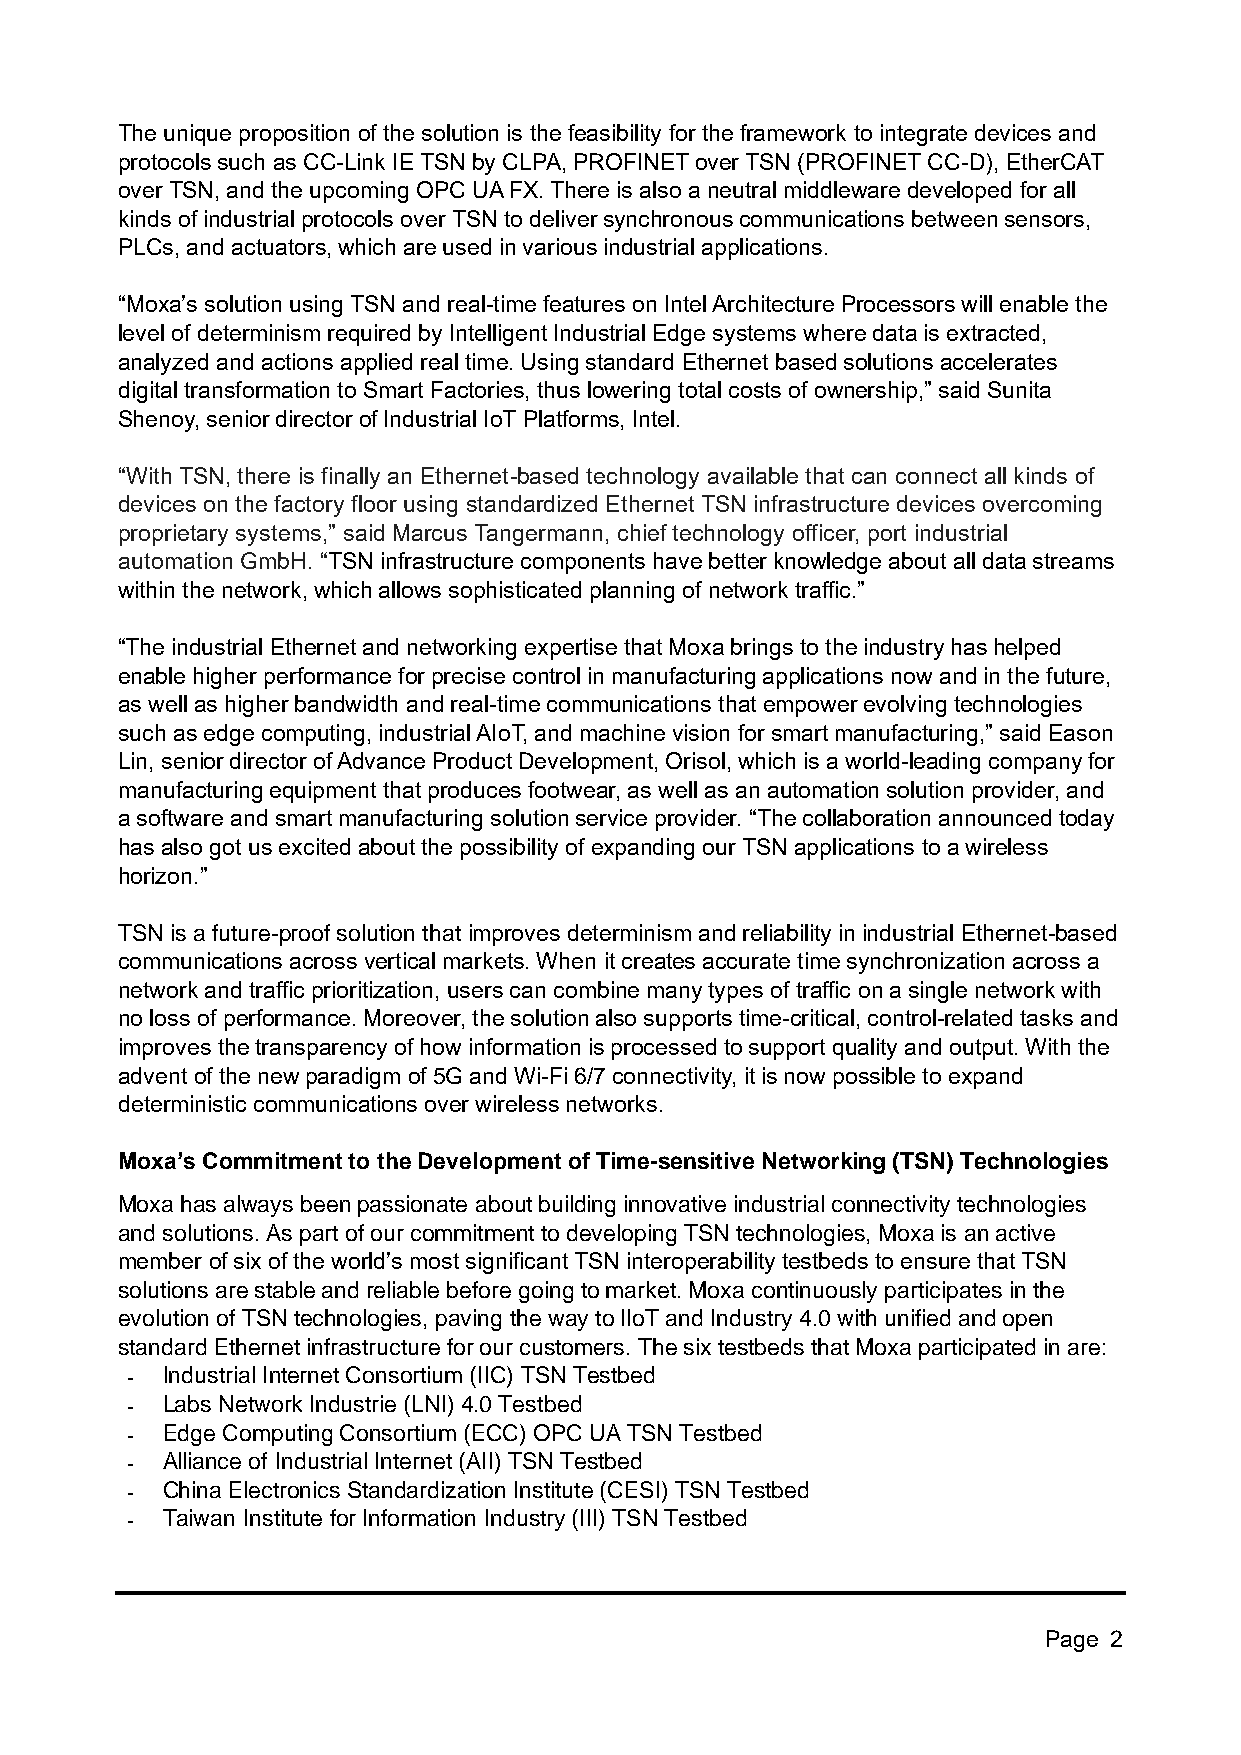
The unique proposition of the solution is the feasibility for the framework to integrate devices and
 protocols such as CC-Link IE TSN by CLPA, PROFINET over TSN (PROFINET CC-D), EtherCAT
 over TSN, and the upcoming OPC UA FX. There is also a neutral middleware developed for all
 kinds of industrial protocols over TSN to deliver synchronous communications between sensors,
 PLCs, and actuators, which are used in various industrial applications.
 “Moxa’s solution using TSN and real-time features on Intel Architecture Processors will enable the
 level of determinism required by Intelligent Industrial Edge systems where data is extracted,
 analyzed and actions applied real time. Using standard Ethernet based solutions accelerates
 digital transformation to Smart Factories, thus lowering total costs of ownership,” said Sunita
 Shenoy, senior director of Industrial IoT Platforms, Intel.
 “With TSN, there is finally an Ethernet-based technology available that can connect all kinds of
 devices on the factory floor using standardized Ethernet TSN infrastructure devices overcoming
 proprietary systems,” said Marcus Tangermann, chief technology officer, port industrial
 automation GmbH. “TSN infrastructure components have better knowledge about all data streams
 within the network, which allows sophisticated planning of network traffic.”
 “The industrial Ethernet and networking expertise that Moxa brings to the industry has helped
 enable higher performance for precise control in manufacturing applications now and in the future,
 as well as higher bandwidth and real-time communications that empower evolving technologies
 such as edge computing, industrial AIoT, and machine vision for smart manufacturing,” said Eason
 Lin, senior director of Advance Product Development, Orisol, which is a world-leading company for
 manufacturing equipment that produces footwear, as well as an automation solution provider, and
 a software and smart manufacturing solution service provider. “The collaboration announced today
 has also got us excited about the possibility of expanding our TSN applications to a wireless
 horizon.”
 TSN is a future-proof solution that improves determinism and reliability in industrial Ethernet-based
 communications across vertical markets. When it creates accurate time synchronization across a
 network and traffic prioritization, users can combine many types of traffic on a single network with
 no loss of performance. Moreover, the solution also supports time-critical, control-related tasks and
 improves the transparency of how information is processed to support quality and output. With the
 advent of the new paradigm of 5G and Wi-Fi 6/7 connectivity, it is now possible to expand
 deterministic communications over wireless networks.
 Moxa’s Commitment to the Development of Time-sensitive Networking (TSN) Technologies
 Moxa has always been passionate about building innovative industrial connectivity technologies
 and solutions. As part of our commitment to developing TSN technologies, Moxa is an active
 member of six of the world’s most significant TSN interoperability testbeds to ensure that TSN
 solutions are stable and reliable before going to market. Moxa continuously participates in the
 evolution of TSN technologies, paving the way to IIoT and Industry 4.0 with unified and open
 standard Ethernet infrastructure for our customers. The six testbeds that Moxa participated in are:
 -  Industrial Internet Consortium (IIC) TSN Testbed
 -  Labs Network Industrie (LNI) 4.0 Testbed
 -  Edge Computing Consortium (ECC) OPC UA TSN Testbed
 -  Alliance of Industrial Internet (AII) TSN Testbed
 -  China Electronics Standardization Institute (CESI) TSN Testbed
 -  Taiwan Institute for Information Industry (III) TSN Testbed
 Page 2